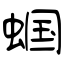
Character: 蝈